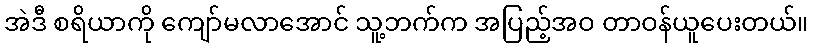
အဲဒီ စရိယာကို ကျော်မလာအောင် သူ့ဘက်က အပြည့်အဝ တာဝန်ယူပေးတယ်။